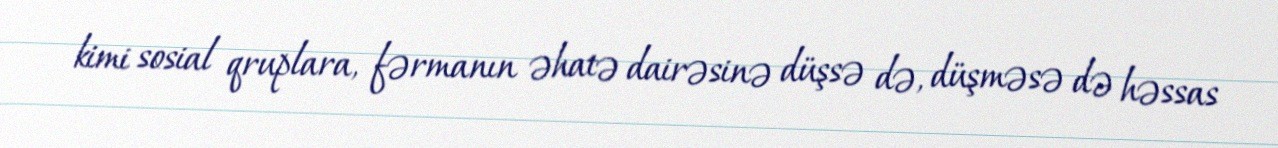
kimi sosial qruplara, fərmanın əhatə dairəsinə düşsə də, düşməsə də həssas